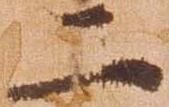
二